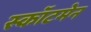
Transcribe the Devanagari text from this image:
स्कॉटमेन